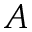
A